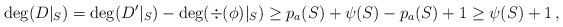
LaTeX: \begin{align*}\deg(D|_S)=\deg(D'|_S)-\deg(\div(\phi)|_S)\geq p_a(S)+\psi(S)-p_a(S)+1\geq \psi(S)+1 \, ,\end{align*}